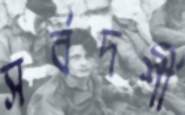
সর্বদর্শী